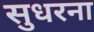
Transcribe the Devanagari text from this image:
सुधरना